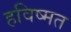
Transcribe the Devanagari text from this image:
हविष्मत